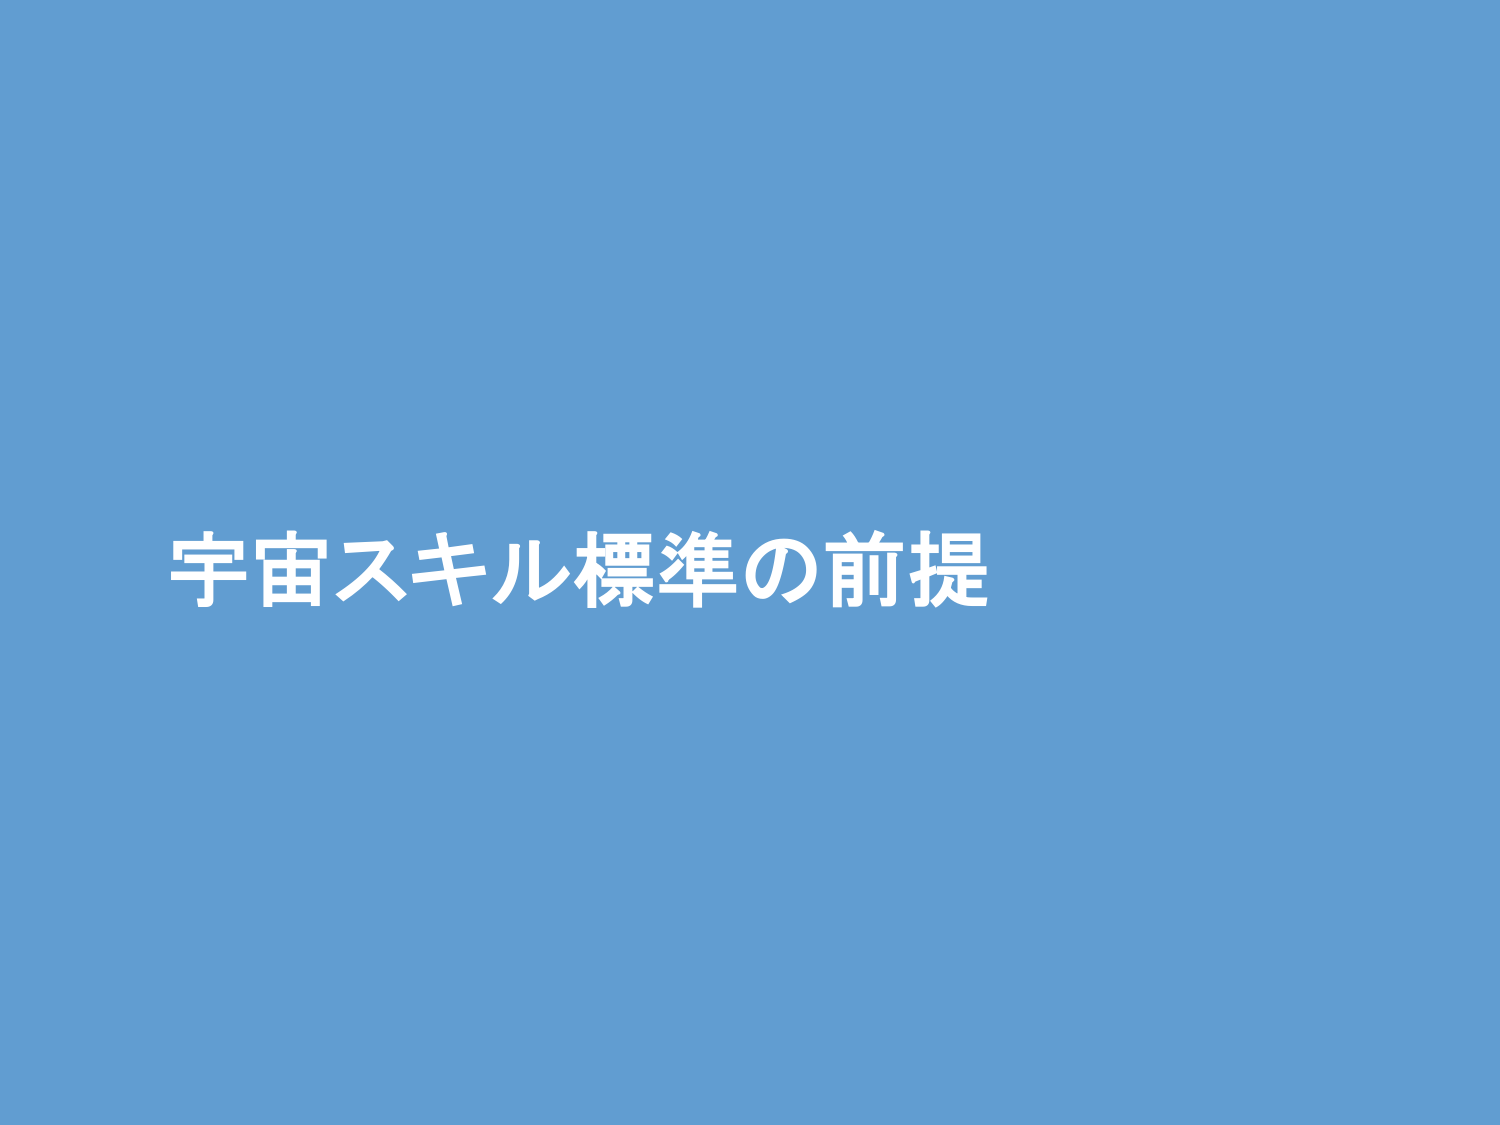
宇宙スキル標準の前提